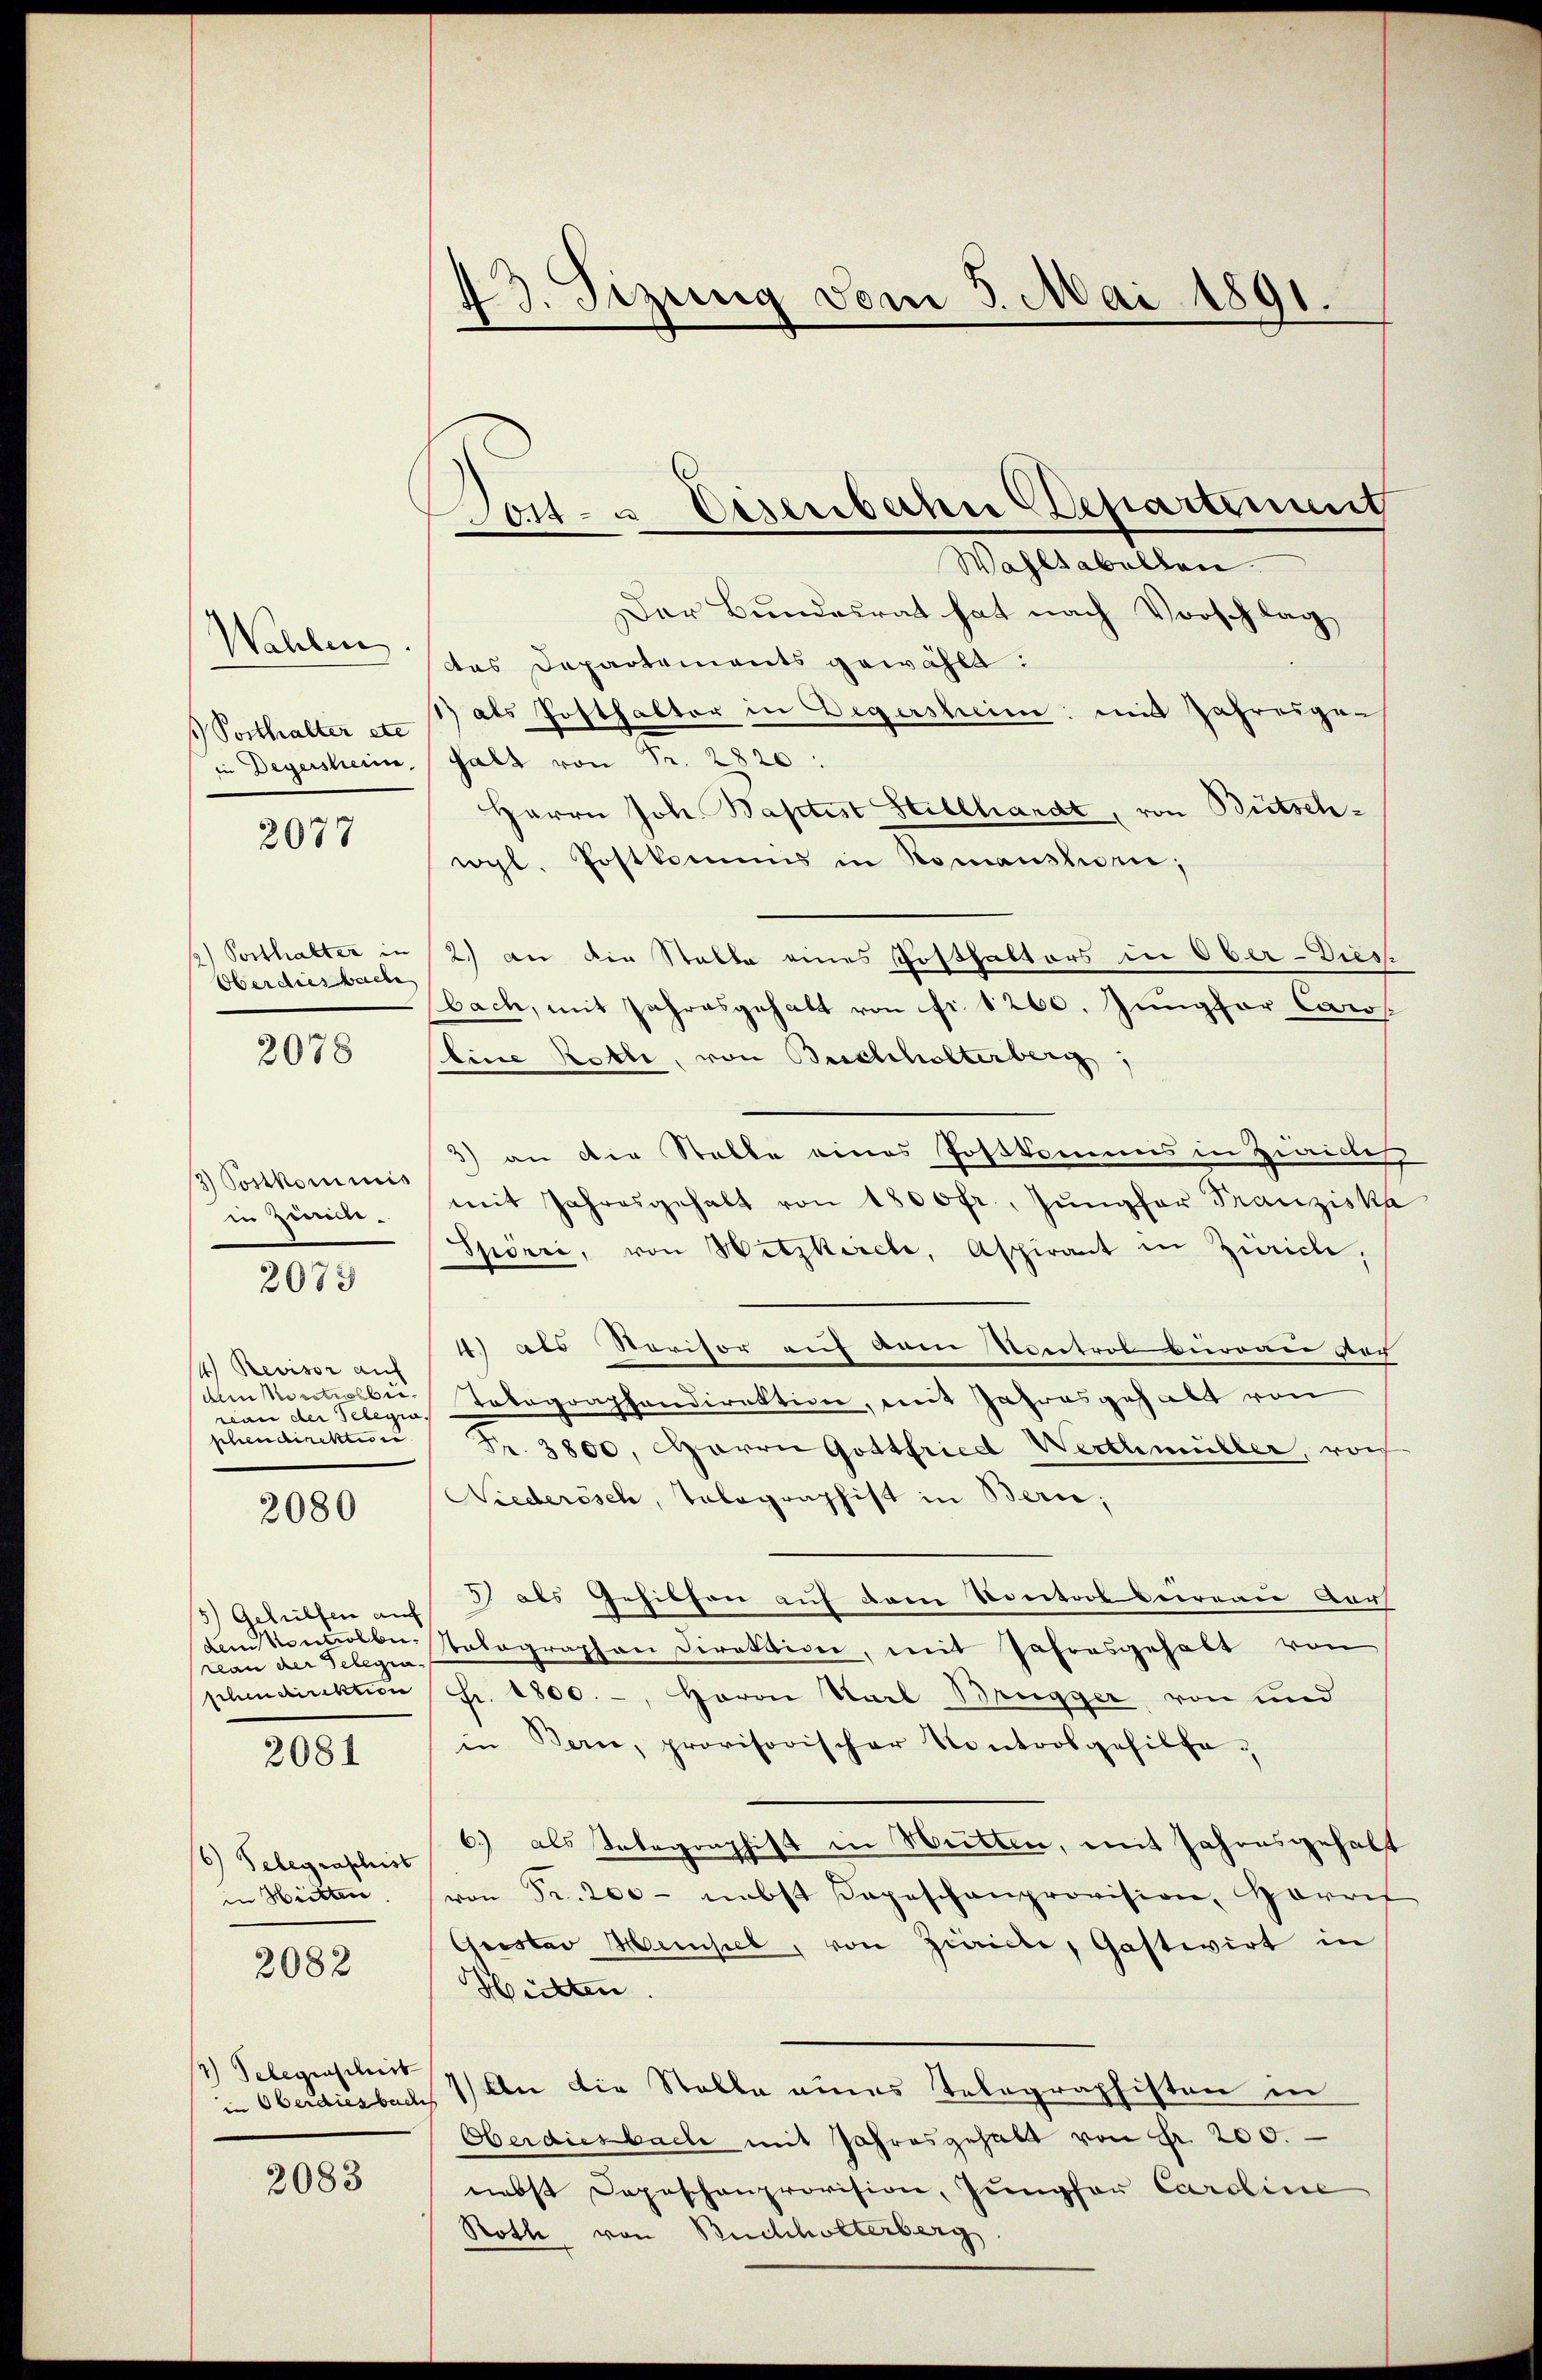
Wahlen
s Posthalter etc

2077

Oberdiesbache

2078

3) Postkommis
in Zimme.

2073

14) Revisor auf
reau der Telegia.

2080

5) Gehülfen auf
reau der Gelegen-

2081

6) Telegraphist
in Hütten.

2082

1) Belegenschert

2083

43. Sizung vom 3. Mai 1891.

Der Bundesrat hat nach Vorschlag
des Departements gewählt:
1) als Posthalter in Degersheime mit Jahresge-
in Degersheim, salz von Fr. 2820:
Herrn Joh. Baptist Stillhardt, von Bütschvgl. Postkommis in Romanski,
2) Posthalter in 2.) an die Stalle eines Posthalters in Ober-Dies
bach, mit Jahresgehalt von fr. 1260. Jungfor Caros
Eine Rette, von Briescholterberg,
3) an die Stalle eines Postkommis in Ziviles
mit Jahresgehalt von 1800 fr., Jungfer Franziska
Spörri, von Witzkirche, Aspirant in Zürich,
4.) als Revisor auf vom Kontrol hieronen vor
Am Vorstelle Telegraphendirektion, mit Jahresgehalt von
phendirektion Fr. 3800. Herrn Gottfried Werthmüller, von
Niederösch, Telegraphist in Bern;
3) als Gehilfen auf dem Vontool beireau dars
dem Kontrolle Polographen Direktion, mit Jahresgehalt von
schendirektion Fr. 1800.-, Herrn Karl Brugger von und
in Bern, provisorischer Kontrolgehilfe¬
6.) als Telegraphist in Weitten, mit Jahresgehalt
von Fr. 200 - nebst Depeschanprovision, Harris
Gustav Hensel, von Züricle, Gastwirt in
Hückten.
in Oberdiesbach 1) An die Stelle eines Telegraphisten in
Oberdiesbache mit Jahresgehalt von Fr. 200.
nebst Depeschenprovision, Jungfer Caroline
Roth von Buchholterberg.

Post- u Eisenbahn Schartenung
Wahltabellen.